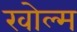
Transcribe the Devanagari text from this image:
खोल्म